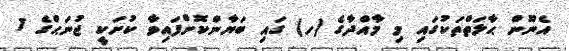
އެނޫން ޙާލަތްތަކުގައި މި މާއްދާގެ (ހ) ގައި ބަޔާންކޮށްފައިވާ ކުށަކީ ޖުނަޙްގެ 1